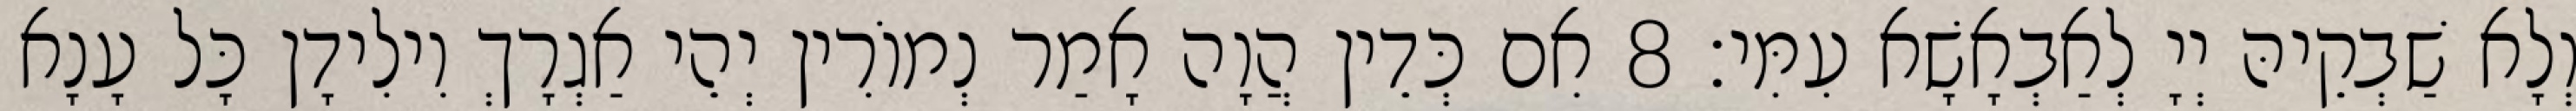
וְלָא שַׁבְקֵיהּ יְיָ לְאַבְאָשָׁא עִמִּי׃ 8 אִם כְּדֵין הֲוָה אָמַר נְמוֹרִין יְהֵי אַגְרָךְ וִילִידָן כָּל עָנָא